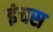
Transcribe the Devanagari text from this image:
इंचस